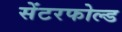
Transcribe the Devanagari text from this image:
सेंटरफोल्ड